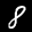
Label: 8